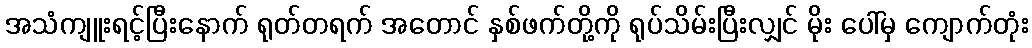
အသံကျူးရင့်ပြီးနောက် ရုတ်တရက် အတောင် နှစ်ဖက်တို့ကို ရုပ်သိမ်းပြီးလျှင် မိုး ပေါ်မှ ကျောက်တုံး